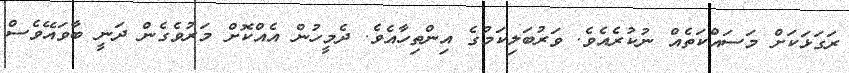
ރަގަޅަކަށް މަސައްކަތެއް ނުކުރެއެވެ. ވަރުބަލިކަމުގެ އިންތިހާއެވެ. ދެމީހުން އެއްކޮށް މަރުވެގެން ދަނީ ބާވައޭވެސް